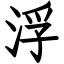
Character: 浮